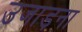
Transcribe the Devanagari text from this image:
उजाड़ना